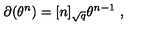
\partial ( \theta ^ { n } ) = [ n ] _ { \sqrt { q } } \theta ^ { n - 1 } \ ,